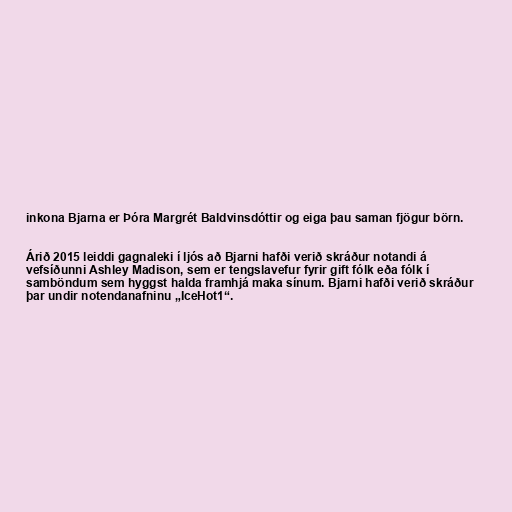
inkona Bjarna er Þóra Margrét Baldvinsdóttir og eiga þau saman fjögur börn.

Árið 2015 leiddi gagnaleki í ljós að Bjarni hafði verið skráður notandi á
vefsíðunni Ashley Madison, sem er tengslavefur fyrir gift fólk eða fólk í
samböndum sem hyggst halda framhjá maka sínum. Bjarni hafði verið skráður
þar undir notendanafninu „IceHot1“.